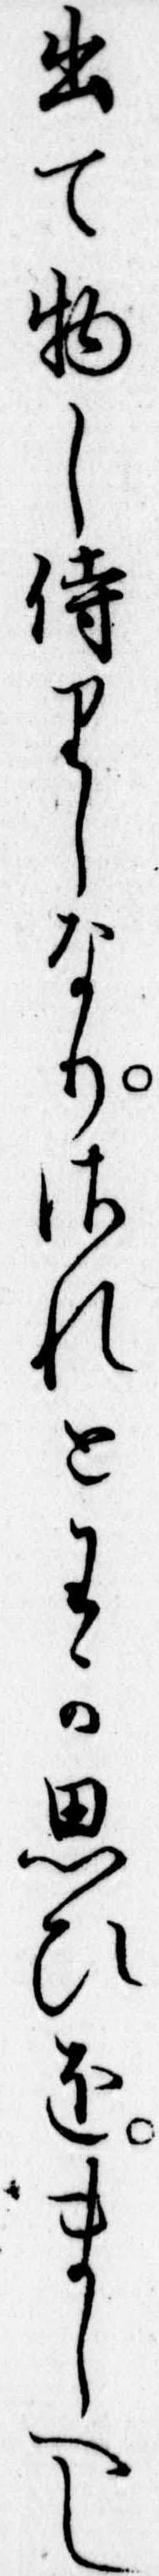
出て物し侍りしなりされとわか思ひをましへし